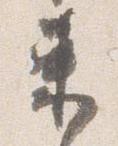
束